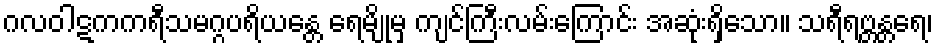
ဂလဝါဋကကရီသမဂ္ဂပရိယန္တေ ရေမျိုမှ ကျင်ကြီးလမ်းကြောင်း အဆုံးရှိသော။ သရီရဗ္တန္တရေ၊